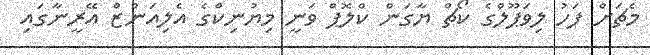
މެޗަށް ފަހު ލިވަޕޫލްގެ ކޯޗް ޔާގަން ކްލޮޕް ވަނީ މިޔުނިކްގެ އެލިއަންޒް އޭރީނާގައި